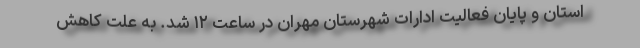
استان و پایان فعالیت ادارات شهرستان مهران در ساعت ۱۲ شد. به علت کاهش